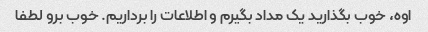
اوه، خوب بگذارید یک مداد بگیرم و اطلاعات را برداریم. خوب برو لطفا